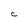
Character: C